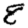
Digit: 8